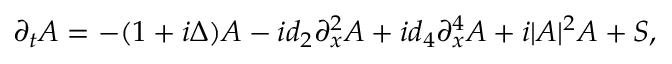
\partial _ { t } A = - ( 1 + i \Delta ) A - i d _ { 2 } \partial _ { x } ^ { 2 } A + i d _ { 4 } \partial _ { x } ^ { 4 } A + i | A | ^ { 2 } A + S ,